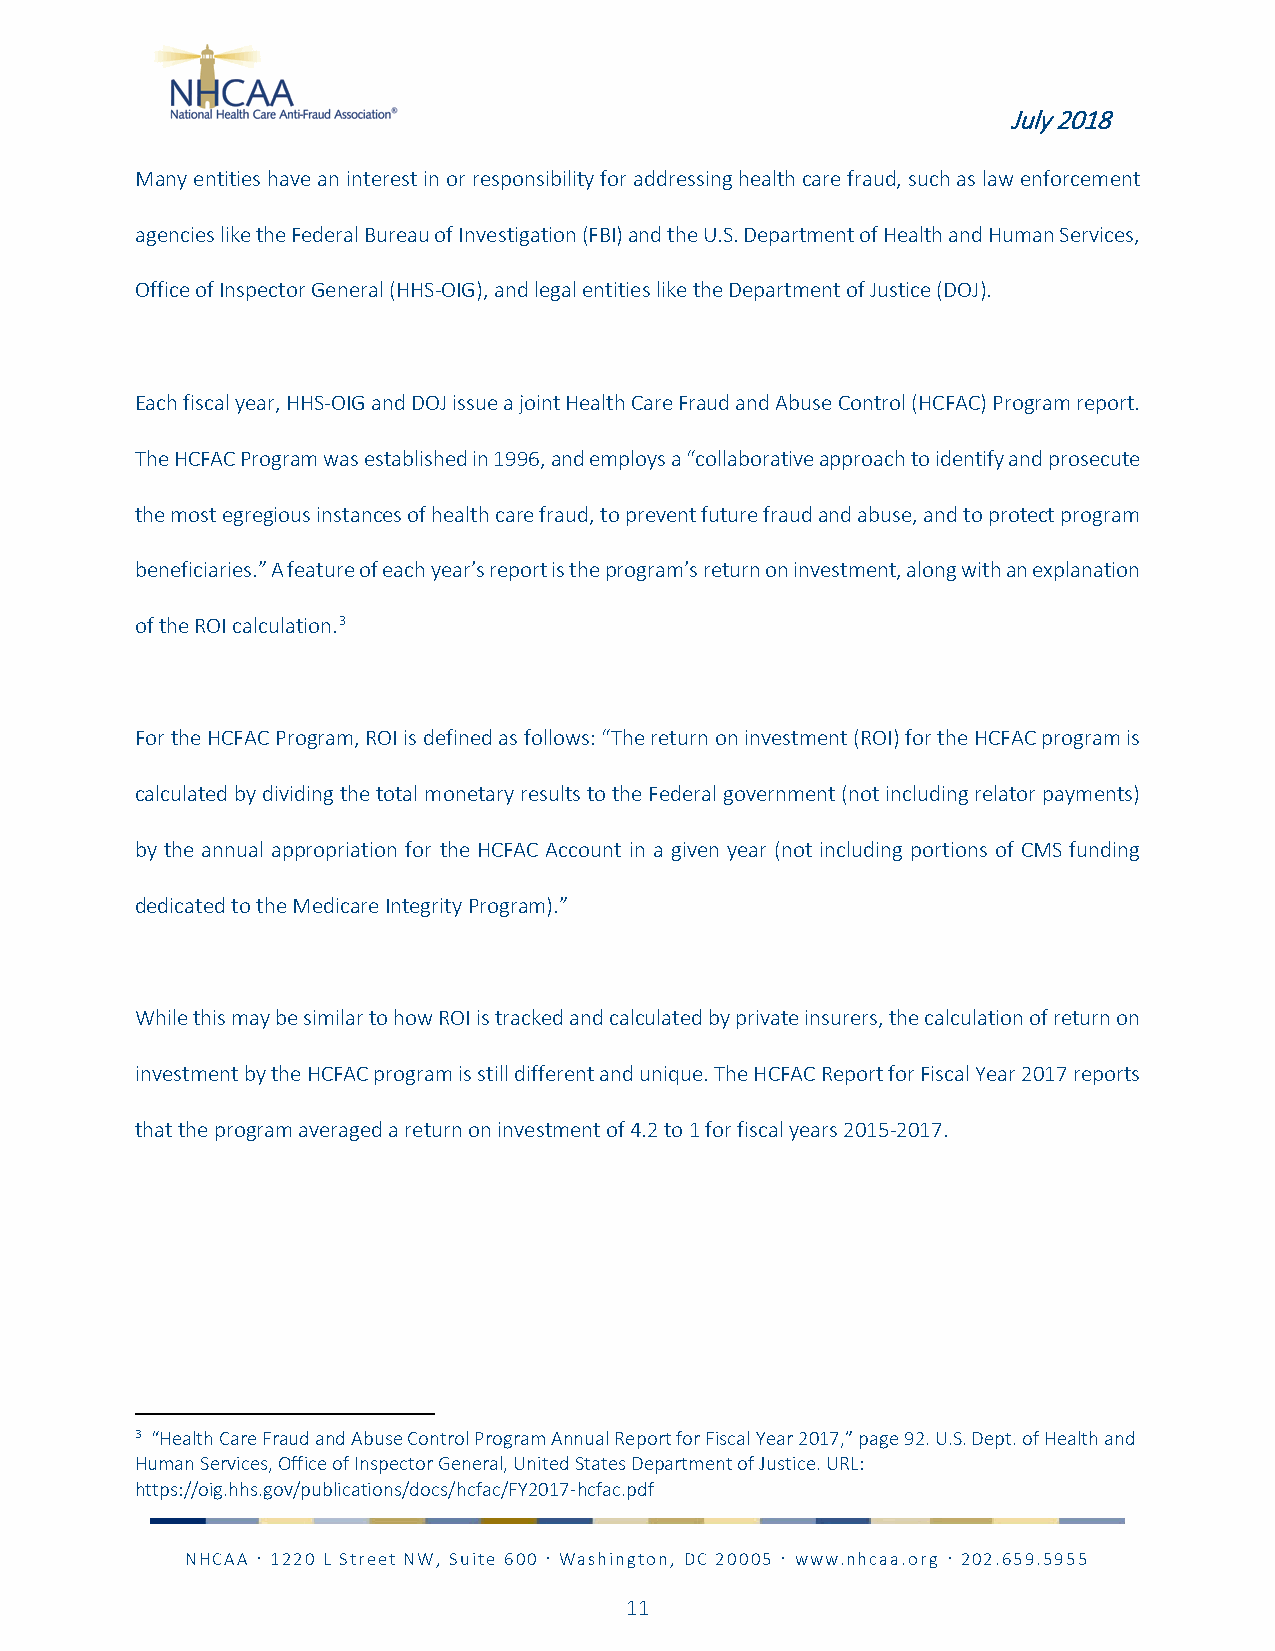
July 2018
 Many entities have an interest in or responsibility for addressing health care fraud, such as law enforcement
 agencies like the Federal Bureau of Investigation (FBI) and the U.S. Department of Health and Human Services,
 Office of Inspector General (HHS-OIG), and legal entities like the Department of Justice (DOJ).
 Each fiscal year, HHS-OIG and DOJ issue a joint Health Care Fraud and Abuse Control (HCFAC) Program report.
 The HCFAC Program was established in 1996, and employs a “collaborative approach to identify and prosecute
 the most egregious instances of health care fraud, to prevent future fraud and abuse, and to protect program
 beneficiaries.” A feature of each year’s report is the program’s return on investment, along with an explanation
 of the ROI calculation.3
 For the HCFAC Program, ROI is defined as follows: “The return on investment (ROI) for the HCFAC program is
 calculated by dividing the total monetary results to the Federal government (not including relator payments)
 by the annual appropriation for the HCFAC Account in a given year (not including portions of CMS funding
 dedicated to the Medicare Integrity Program).”
 While this may be similar to how ROI is tracked and calculated by private insurers, the calculation of return on
 investment by the HCFAC program is still different and unique. The HCFAC Report for Fiscal Year 2017 reports
 that the program averaged a return on investment of 4.2 to 1 for fiscal years 2015-2017.
 3 “Health Care Fraud and Abuse Control Program Annual Report for Fiscal Year 2017,” page 92. U.S. Dept. of Health and
 Human Services, Office of Inspector General, United States Department of Justice. URL:
 https://oig.hhs.gov/publications/docs/hcfac/FY2017-hcfac.pdf
 NHCAA  1220 L Street NW, Suite 600  Washington, DC 20005  www.nhcaa.org  202.659.5955
 11